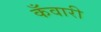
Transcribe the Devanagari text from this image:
कँवारी